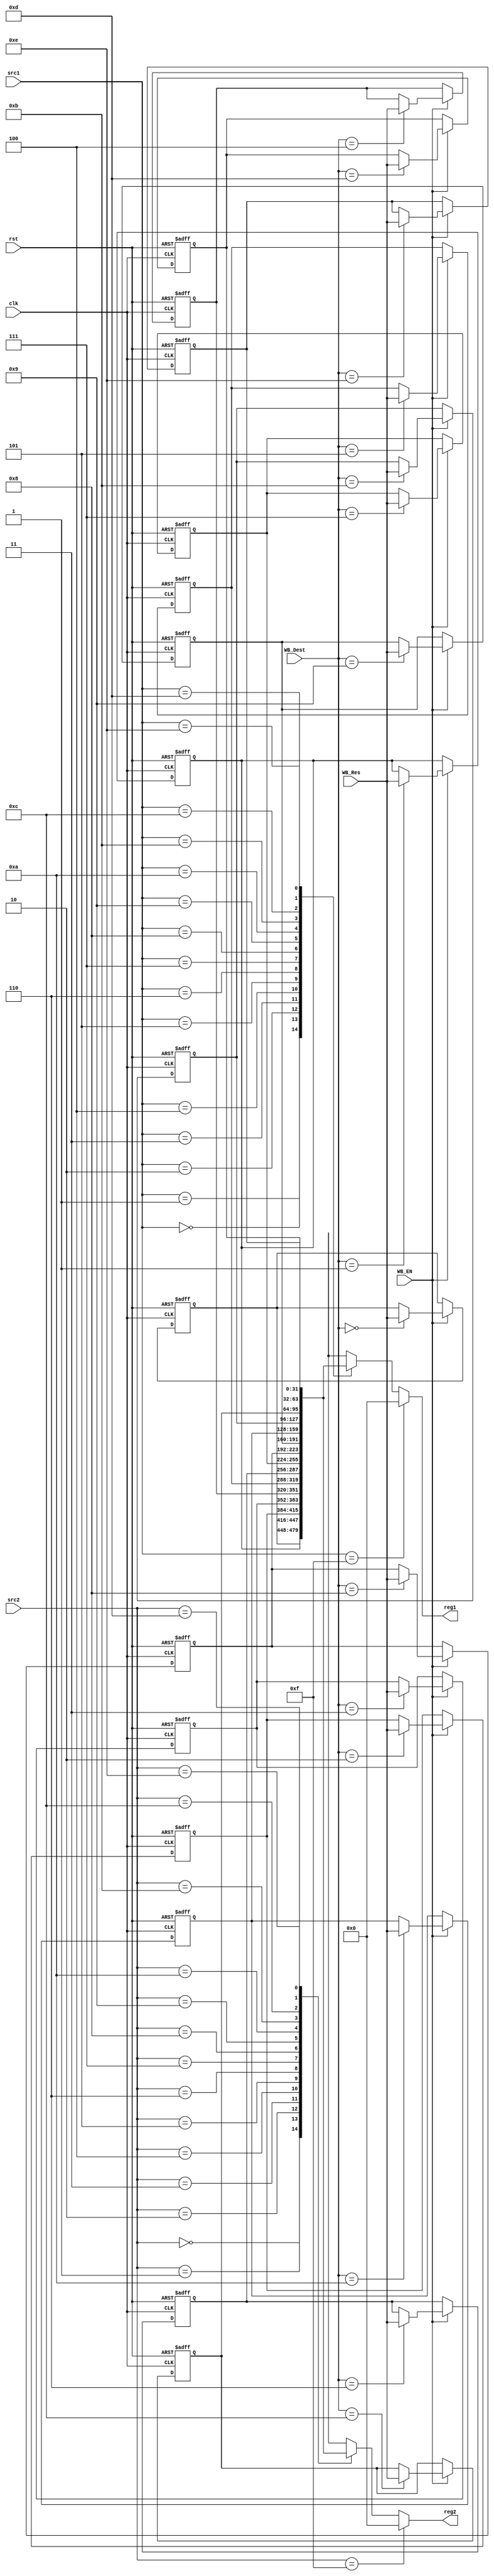
module Register_File
(
    input             clk,
    input             rst,
    input             WB_EN,
    input  [3:0] 				 WB_Dest,
    input  [3:0] 				 src1,
    input  [3:0] 				 src2,
    input  [31:0]			  WB_Res,
    
	  output [31:0]			  reg1,
    output [31:0]			  reg2
);

 	reg [31:0] registers [0:14];
	assign reg1 = src1==4'b1111 ? 0 : registers[src1];
	assign reg2 = src2==4'b1111 ? 0 : registers[src2];
	
	integer i;
	always @(negedge clk, posedge rst) begin
		if (rst) begin
				for (i = 0; i < 15; i = i + 1)
					registers[i] <= 0;
		end
		else begin
				if (WB_EN) registers[WB_Dest] <= WB_Res;
		end
	end
endmodule